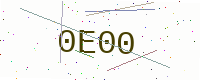
Text: 0E00